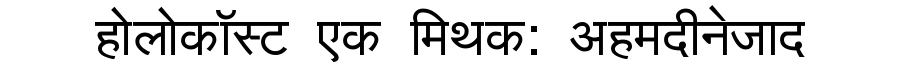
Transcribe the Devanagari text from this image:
होलोकॉस्ट एक मिथक: अहमदीनेजाद